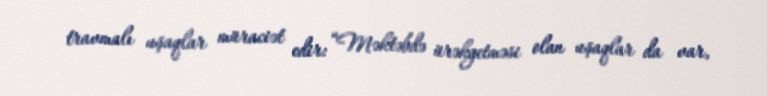
travmalı uşaqlar müraciət edir: “Məktəbdə ürəkgetməsi olan uşaqlar da var,